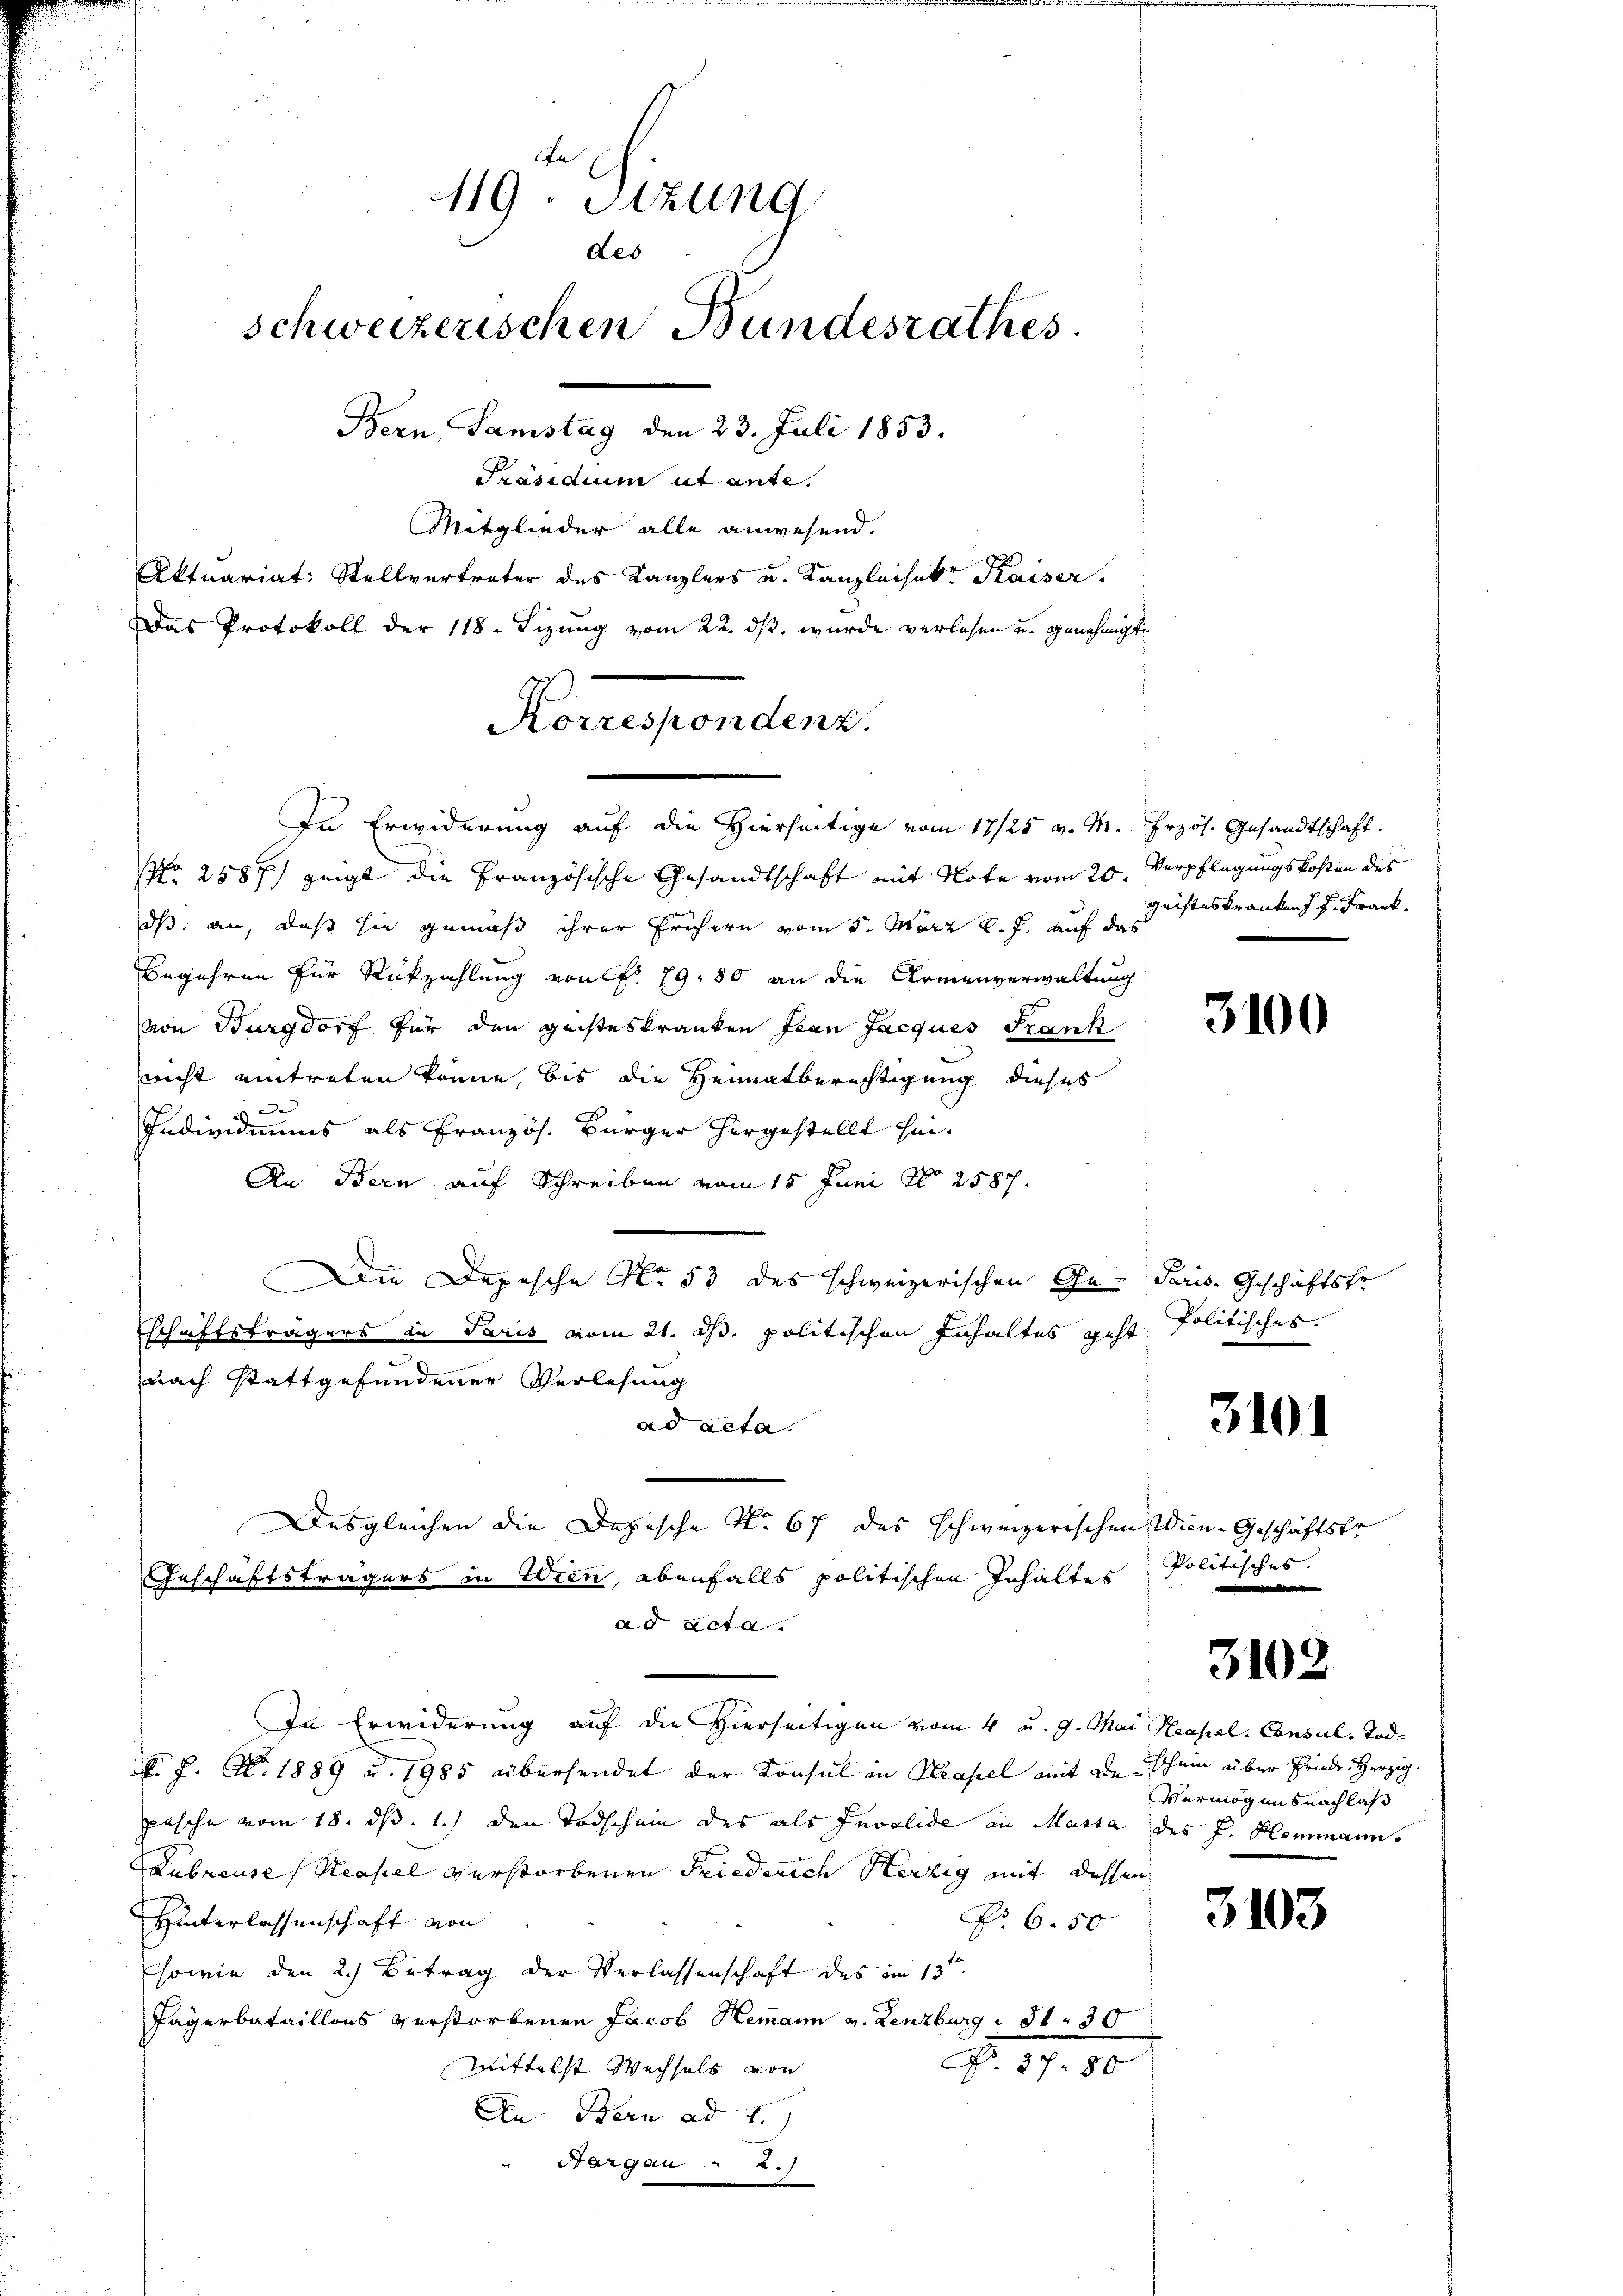
119. Sizung
des
schweizerischen Bundesrathes
Bern, Samstag den 23. Juli 1853.
Präsidium ut ante.
Mitglieder alle anwesend.
Aktuariat: Stellvertreter des Kanzlers u. Kanzleisekr Kaiser.
Das Protokoll der 118. Sizung vom 22. dβ. wurde verlesen u. genehmigt.

No 2587) zeigt die Französische Gesandtschaft mit Note vom 20. Verpflegungskosten des
dß: an, daß sie gemäß ihrer frühern vom 5. März l. J. auf das
Begehren für Rückzahlung von f. 79. 80 an die Armenverwaltung
von Burgdorf für den geisteskranken ftan Jacques Frank
nicht eintreten könne, bis die Heimatberechtigung dieses
 d
Individuums als Französ. Bürger hergestellt sei¬
An Bern auf Schreiben vom 15. Juni No 2587.
Die Depesche No. 53 des schweizerischen Ge- Paris Geschäftsfr
schaftsträgers in Paris vom 21. ds. politischen Inhaltes geht
nach Stattgefundener Verlesung
ad acta.
Desgleichen die Depische No. 67 des schweizerischen Wien-Geschäftstr
Geschäftsträgers in Wien, ebenfalls politischen Inhaltes
ad acta.
In Erwiderung auf die Hierseitigen vom 4 u. 9. Mai Neapel-Consul- Tod¬
 P. Nr. 1889 u. 1985 übersendet der Konsul in Kapel mit de schein über Friede Herzig.
pasche vom 18. ds. 1.) den Todschein des als Invalide in Massa des J. Hemmann.
Lubreuses Neapel verstorbenen Friederich Herzig mit dessen
Hinterlassenschaft von
No 6.50
sowie den 2.) Betrag der Verlassenschaft des im 13ten
Pagerbataillons verstorbenen Jacob Hemann v. Lenzburg 130
No. 17. 80.
Mittelst Wechsels von
An Bern ad 1.)
Aargau. a.)

Korrespondenz.
In Erwiderung auf die Hierseitige vom 17/25 v. M. frzös. Gesandtschaft.

geistes Kranken f. Frank¬

3100

Politisches.

3101

Politisches.

3102

Vermögens nach lass

3103